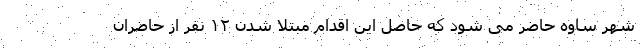
شهر ساوه حاضر می شود که حاصل این اقدام مبتلا شدن ۱۲ نفر از حاضران